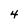
Character: 4